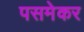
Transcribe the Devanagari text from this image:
पसमेकर